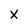
Character: X